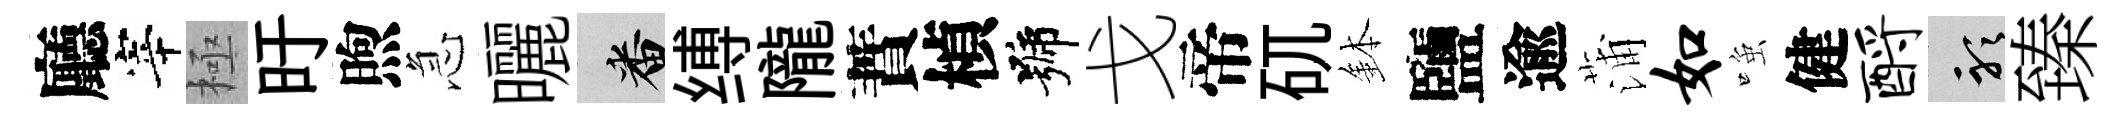
廳宰極旴煦急曬番缚隴蕡楨號戈帝矹鉢鹽逾蒲如𫪻健酹聽臻